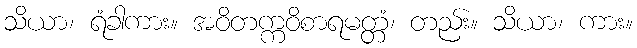
သိယာ၊ ရံခါကား။ အဝိတက္ကဝိစာရမတ္တံ၊ တည်း။ သိယာ၊ ကား။